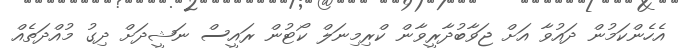
އެހެންކަމުން ދައުވާ އަށް ޖަވާބުދާރީވާން ކްރިމިނަލް ކޯޓުން ރައީސް ނަޝީދަށް ދިގު މުއްދަތެއް